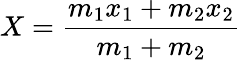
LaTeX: X={\frac{m_{1}x_{1}+m_{2}x_{2}}{m_{1}+m_{2}}}